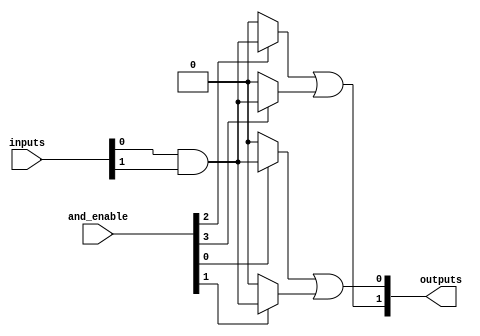
module SPAL #(
    parameter NUM_INPUTS = 8,    // Number of inputs
    parameter NUM_AND_GATES = 4,  // Number of AND gates
    parameter NUM_OR_GATES = 2     // Number of OR gates
)(
    input wire [NUM_INPUTS-1:0] inputs,  // Input signals
    input wire [NUM_AND_GATES-1:0] and_enable, // Control signals for AND gates
    output wire [NUM_OR_GATES-1:0] outputs // Output signals
);

// Internal wires for product terms from AND gates
wire [NUM_AND_GATES-1:0] product_terms [NUM_INPUTS-1:0];

// Programmable AND array
genvar i, j;
generate
    for (i = 0; i < NUM_AND_GATES; i = i + 1) begin : and_gate
        assign product_terms[i] = (and_enable[i]) ? (inputs[0] & inputs[1]) : 1'b0; // Example: AND gate logic
        // You can customize the logic for each AND gate based on your programming needs
    end
endgenerate

// Fixed OR array
wire [NUM_OR_GATES-1:0] or_outputs;
assign or_outputs[0] = product_terms[0] | product_terms[1]; // Example: OR gate logic
assign or_outputs[1] = product_terms[2] | product_terms[3]; // Example: OR gate logic

// Final outputs
assign outputs = or_outputs;

endmodule